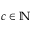
c \in \mathbb { N }